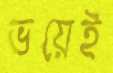
ভয়েই